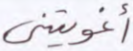
أغويتني